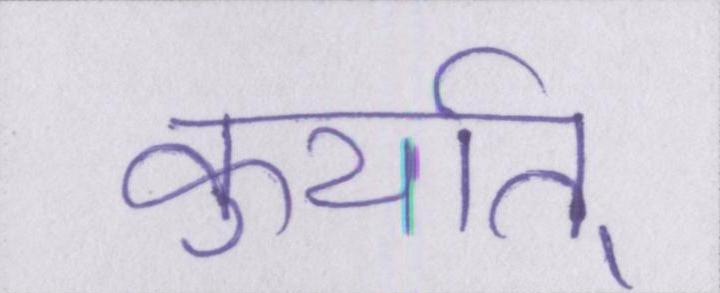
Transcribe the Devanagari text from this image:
कुर्यात्